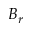
B _ { r }